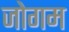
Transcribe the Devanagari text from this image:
जोगम